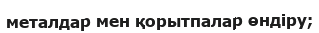
металдар мен қорытпалар өндіру;